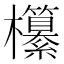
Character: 𣠹